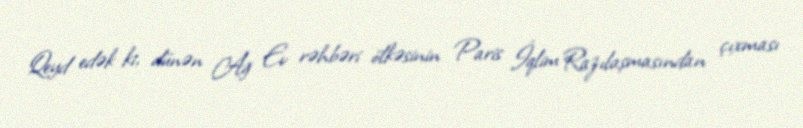
Qeyd edək ki, dünən Ağ Ev rəhbəri ölkəsinin Paris İqlim Razılaşmasından çıxması